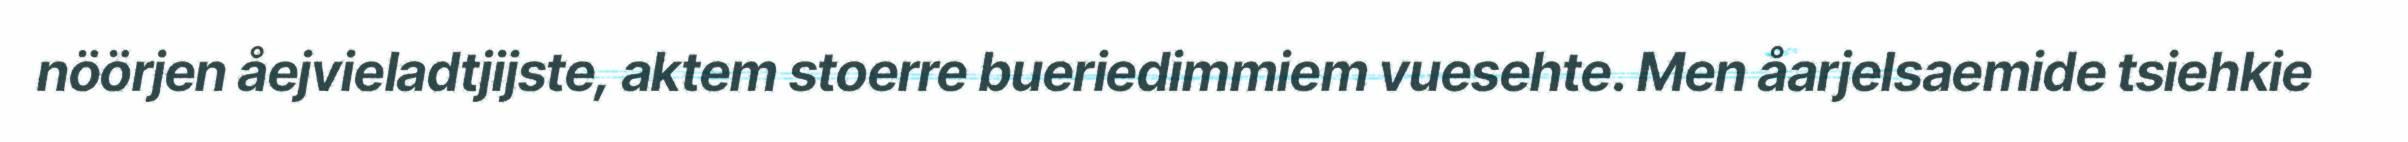
nöörjen åejvieladtjijste, aktem stoerre bueriedimmiem vuesehte. Men åarjelsaemide tsiehkie